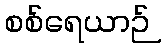
စစ်ရေယာဉ်